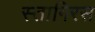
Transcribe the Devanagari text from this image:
स्तागिरस